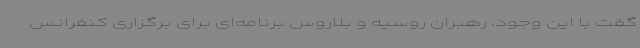
گفت با این وجود، رهبران روسیه و بلاروس برنامه‌ای برای برگزاری کنفرانس